画像に写った文字を読んでください
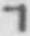
「ヿ」と書いてあります